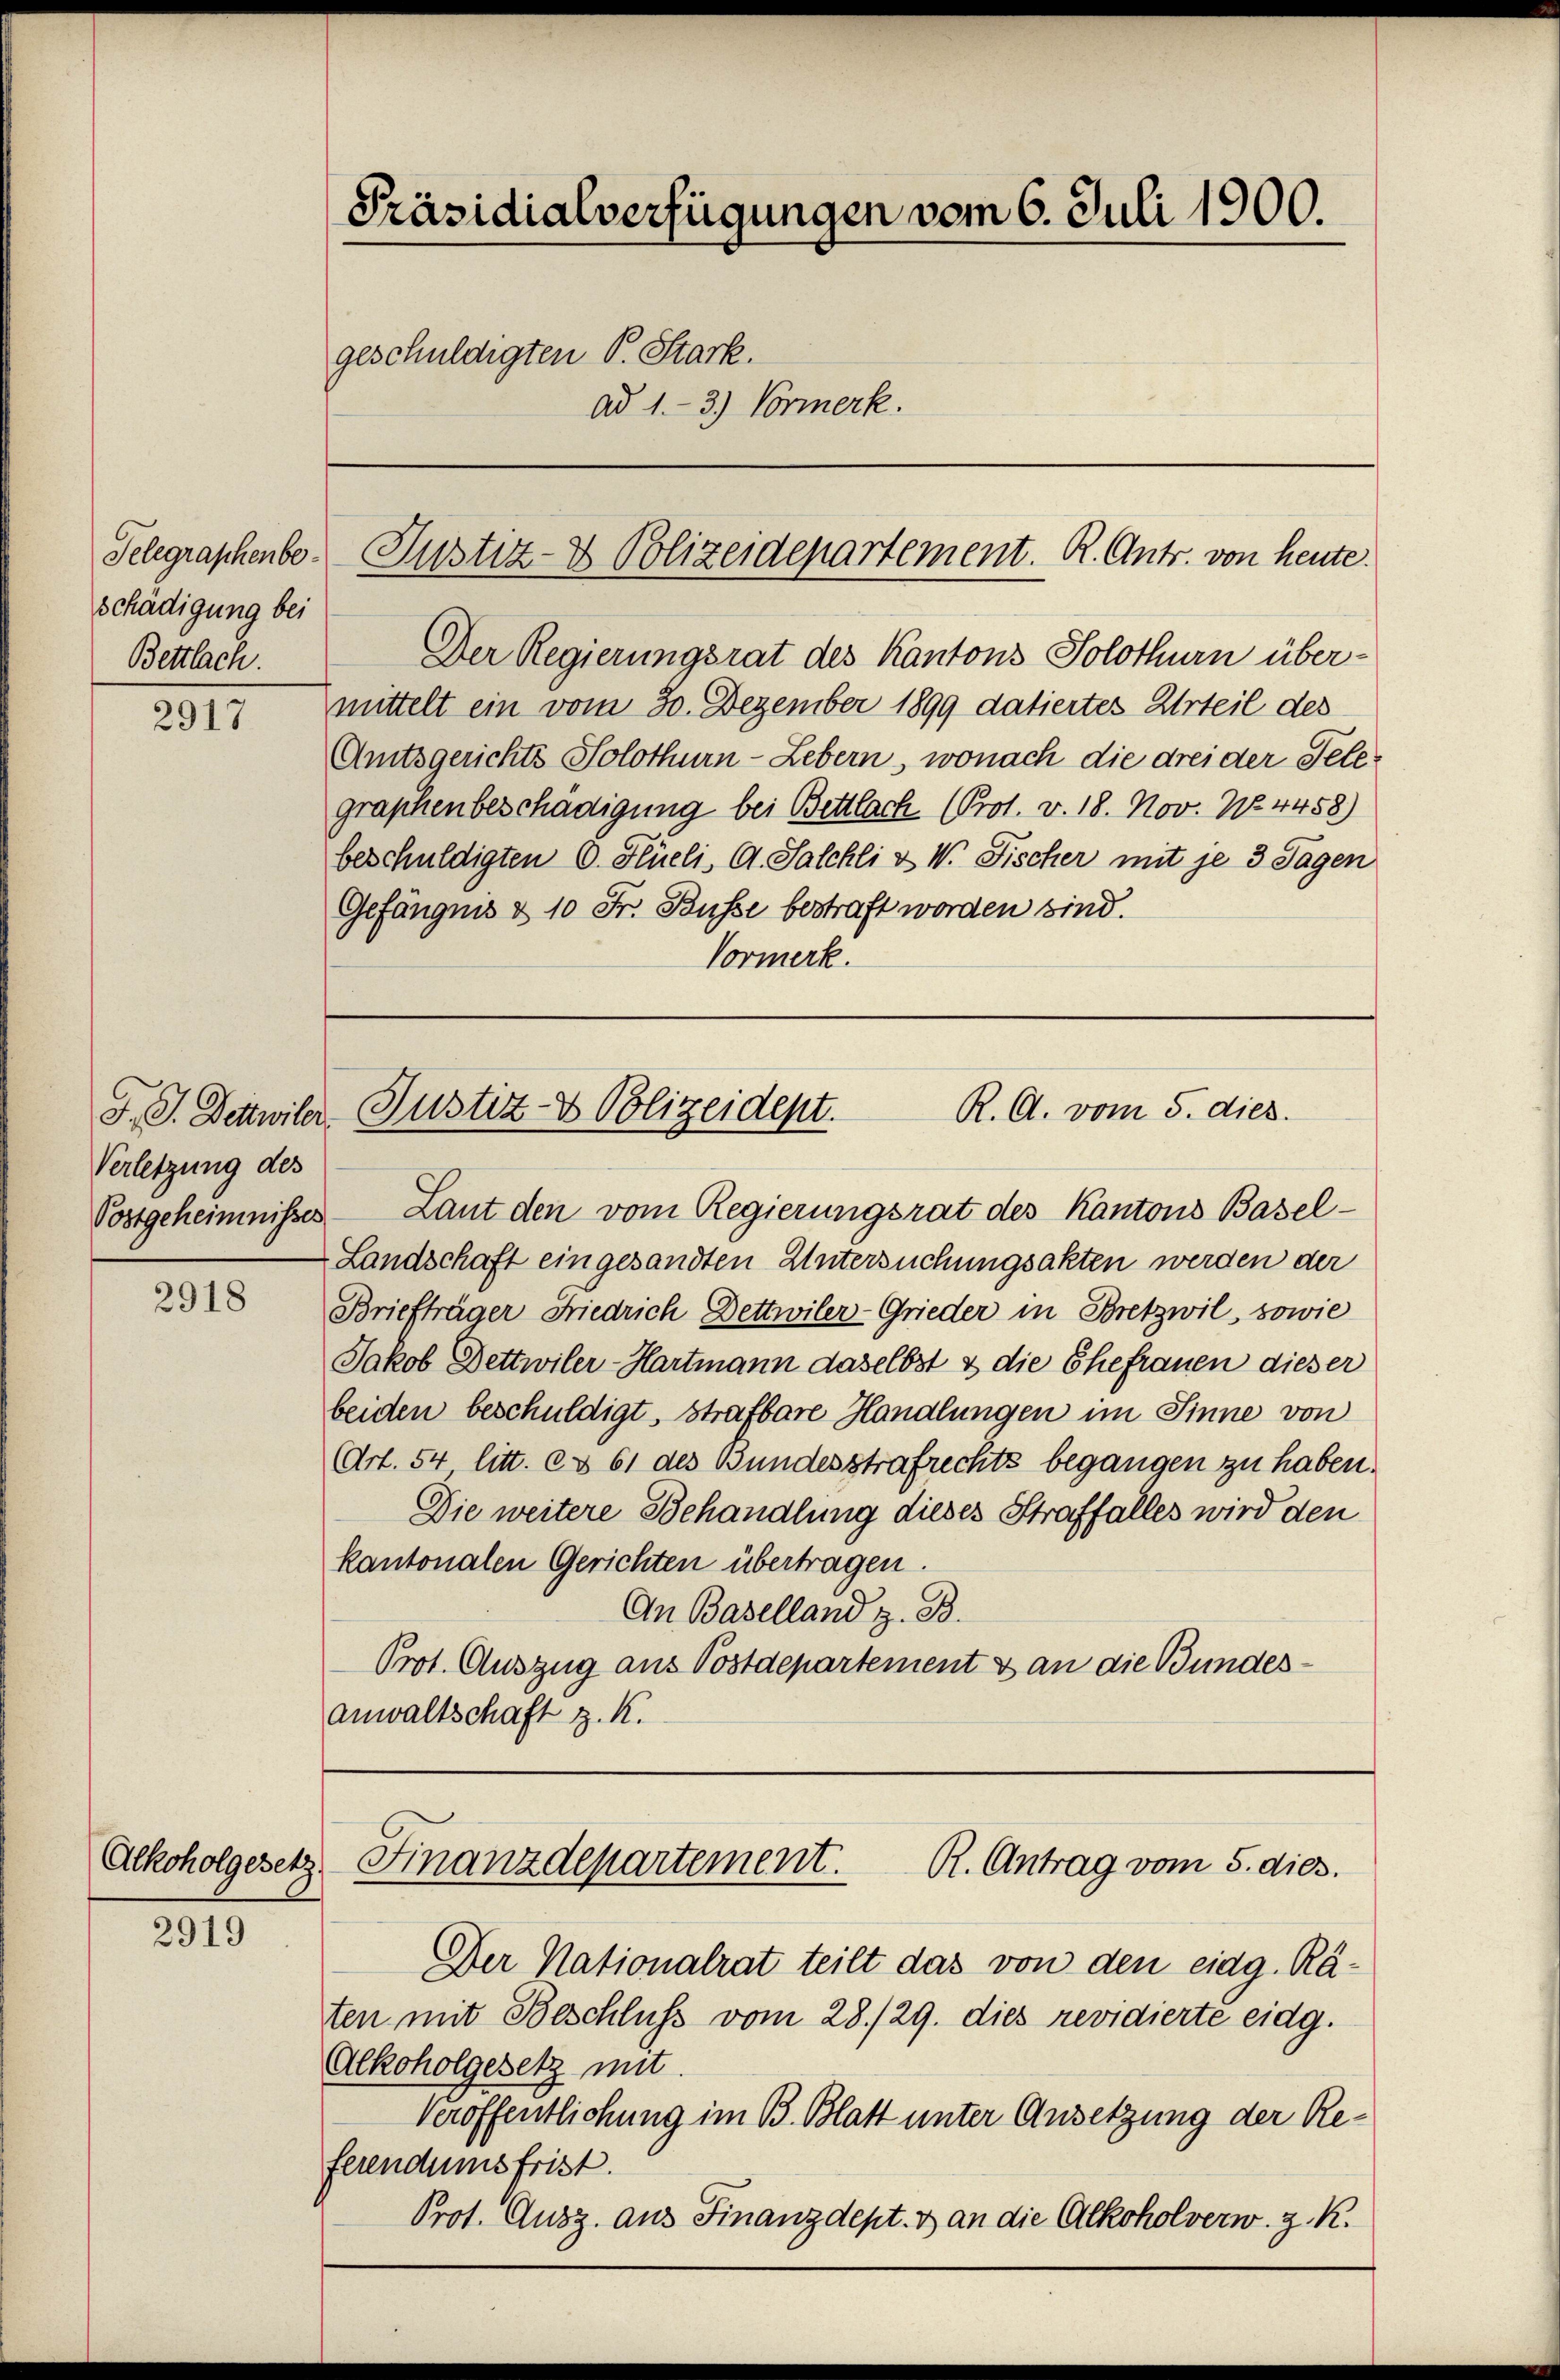
Telegraphenbeschädigung bei
Bettlach.

2917

F. J. Dettwiler
Verletzung des

2918

Alkoholgesetz

2919

Präsidialverfügungen vom 6. Juli 1900.
geschuldigten P. Stark.
ad 1.- 3.) Vormerk.

Justiz- & Polizeidepartement. R. Antr. von heute.

Der Regierungsrat des Kantons Solothurn über-
mittelt ein vom 30. Dezember 1899 datiertes Urteil des
Amtsgerichts Solothurn - Lebern, wonach die drei der Telegraphenbeschädigung bei Bettlach (Prot. v. 18. Nov. No 4458)
beschuldigten 6. Hlüeli, A. Salchli & W. Fischer mit je 3 Tagen
Gefängnis & 10 Fr. Busse bestraft worden sind.
Vormerk.

Postgeheimnisses. — Laut den vom Regierungsrat des Kantons Basel-
Landschaft eingesandten Untersuchungsakten werden der
Briefträger Friedrich Dettwiler-Grieder in Bretzwil, sowie
Jakob Dettwiler-Hartmann daselbst & die Ehefrauen dieser
beiden beschuldigt, strafbare Handlungen im Sinne von
AArt. 54 litt. et 61 des Bundesstrafrechts begangen zu haben.
Die weitere Behandlung dieses Straffalles wird den
kantonalen Gerichten übertragen.
An Baselland z. B.
Prot. Auszug aus Postdepartement & an die Bundesanwaltschaft z. K.

Der Nationalrat teilt das von den eidg. Rä-
ten mit Beschluss vom 28./29. dies revidierte eidg.
Alkoholgesetz mit
Veröffentlichung im B. Blatt unter Ansetzung der Referendumsfrist.
Prot. Ausz. aus Finanzdept. & an die Alkoholverw. z. R.

R. A. vom 5. dies
Justiz- & Polizeidept.

Finanzdepartement.
R. Antrag vom 5. dies.